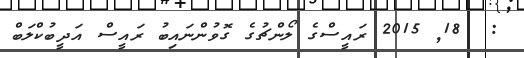
:  18